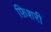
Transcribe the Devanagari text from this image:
फ़िशरी